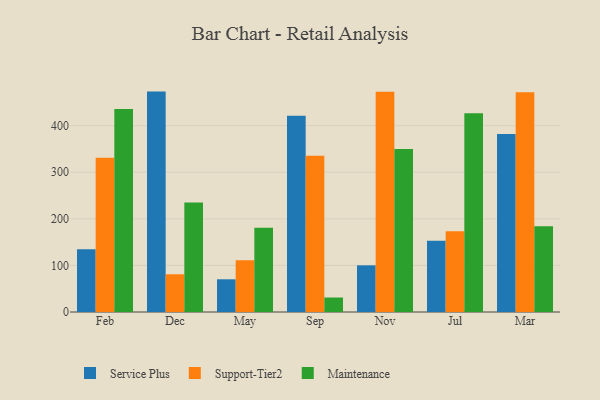
{"axis": {"x": "Month", "y": "Website Visitors"}, "legend": ["Maintenance", "Service Plus", "Support-Tier2"], "data": [{"x": "Feb", "y": 134.7, "type": "Service Plus"}, {"x": "Feb", "y": 331.3, "type": "Support-Tier2"}, {"x": "Feb", "y": 435.7, "type": "Maintenance"}, {"x": "Dec", "y": 473.1, "type": "Service Plus"}, {"x": "Dec", "y": 81.0, "type": "Support-Tier2"}, {"x": "Dec", "y": 234.8, "type": "Maintenance"}, {"x": "May", "y": 70.2, "type": "Service Plus"}, {"x": "May", "y": 110.9, "type": "Support-Tier2"}, {"x": "May", "y": 180.6, "type": "Maintenance"}, {"x": "Sep", "y": 421.0, "type": "Service Plus"}, {"x": "Sep", "y": 335.3, "type": "Support-Tier2"}, {"x": "Sep", "y": 31.1, "type": "Maintenance"}, {"x": "Nov", "y": 100.2, "type": "Service Plus"}, {"x": "Nov", "y": 473.0, "type": "Support-Tier2"}, {"x": "Nov", "y": 349.7, "type": "Maintenance"}, {"x": "Jul", "y": 152.8, "type": "Service Plus"}, {"x": "Jul", "y": 173.2, "type": "Support-Tier2"}, {"x": "Jul", "y": 426.8, "type": "Maintenance"}, {"x": "Mar", "y": 382.2, "type": "Service Plus"}, {"x": "Mar", "y": 471.5, "type": "Support-Tier2"}, {"x": "Mar", "y": 184.0, "type": "Maintenance"}]}